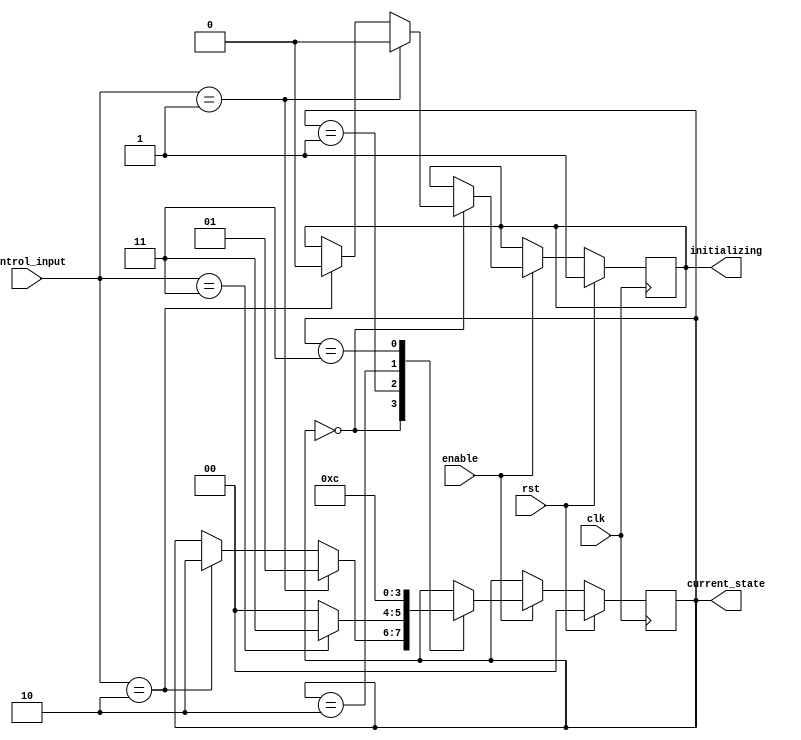
module PreConfiguredStateInit(
    input wire clk,                   // Clock input
    input wire rst,                   // Reset input (active-high)
    input wire enable,                // Enable control input
    input wire [1:0] control_input,   // Other control inputs (may vary based on functionality)
    
    output reg [1:0] current_state,   // State outputs (2-bit for 4 states)
    output reg initializing            // Status signal indicating initialization phase
);

// State Definitions
localparam STATE_A = 2'b00; // Initial state
localparam STATE_B = 2'b01; // Example state
localparam STATE_C = 2'b10; // Example state
localparam STATE_D = 2'b11; // Example state

// Initial state definition (could be parameterized)
initial begin
    current_state = STATE_A;    // Predefined initial state
    initializing = 1'b1;        // Indicate that it's initializing
end

// State Transition Logic
always @(posedge clk) begin
    if (rst) begin
        // If reset is asserted, go to the initial state
        current_state <= STATE_A;
        initializing <= 1'b1;   // Set initialization status
    end else if (enable) begin
        // State transition logic based on control inputs
        case (current_state)
            STATE_A: begin
                // Example logic for transitioning from STATE_A
                if (control_input == 2'b01) begin
                    current_state <= STATE_B;
                    initializing <= 1'b0; // No longer initializing
                end else if (control_input == 2'b10) begin
                    current_state <= STATE_C;
                    initializing <= 1'b0;
                end
            end
            
            STATE_B: begin
                // Example logic for transitioning from STATE_B
                if (control_input == 2'b11) begin
                    current_state <= STATE_D;
                end else begin
                    current_state <= STATE_A; // Loop back if condition not met
                end
            end
            
            STATE_C: begin
                // Example logic for transitioning from STATE_C
                current_state <= STATE_D; // Direct to state D for simplicity
            end
            
            STATE_D: begin
                // Example logic for transitioning from STATE_D
                current_state <= STATE_A; // Loop back to initial state
            end
            
            default: current_state <= STATE_A; // Safety default
        endcase
    end
end

endmodule